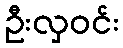
ဦးလှဝင်း